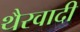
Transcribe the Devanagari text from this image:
थैरवादी